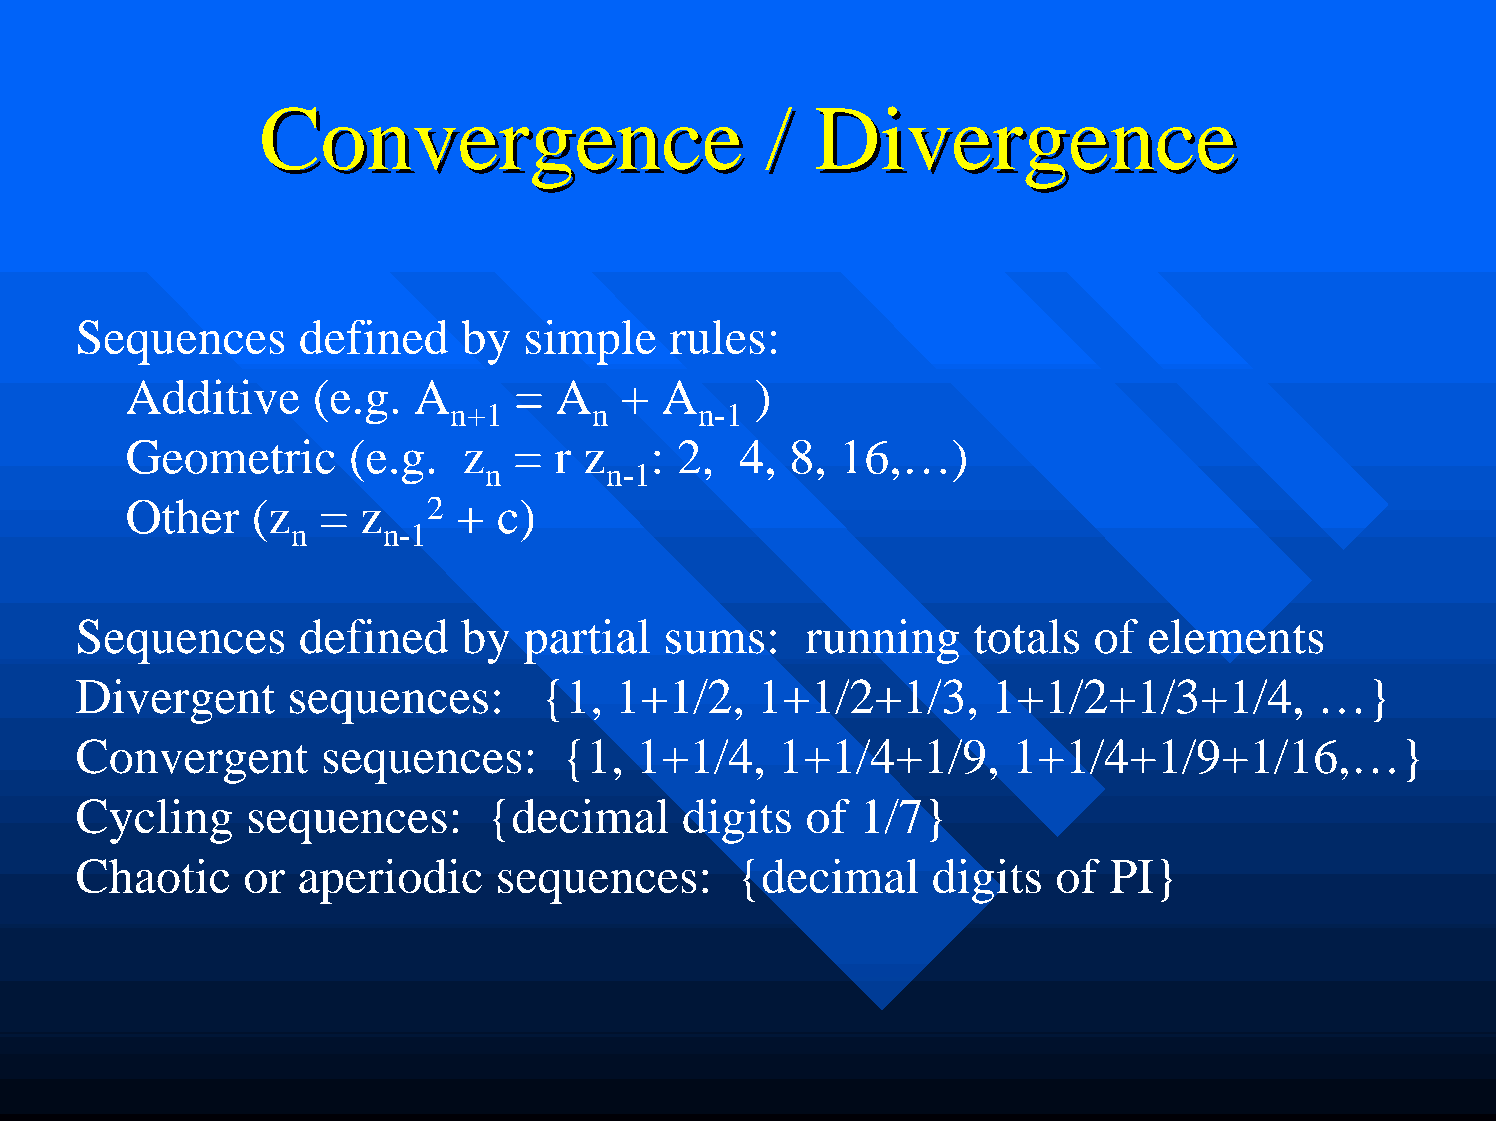
CCoonnvveerrggeennccee            // DDiivveerrggeennccee
 Sequences      defined    by  simple   rules:
 Additive     (e.g.  A     =  A   +  A     )
 n+1      n      n-1
 Geometric      (e.g.   z  =  r z   : 2,  4, 8,  16,…)
 n       n-1
 Other    (z  =  z   2 +  c)
 n     n-1
 Sequences      defined    by  partial  sums:    running     totals  of elements
 Divergent     sequences:       {1,  1+1/2,   1+1/2+1/3,      1+1/2+1/3+1/4,       …}
 Convergent      sequences:      {1,  1+1/4,    1+1/4+1/9,     1+1/4+1/9+1/16,…}
 Cycling    sequences:      {decimal     digits  of  1/7}
 Chaotic    or  aperiodic    sequences:      {decimal     digits  of  PI}